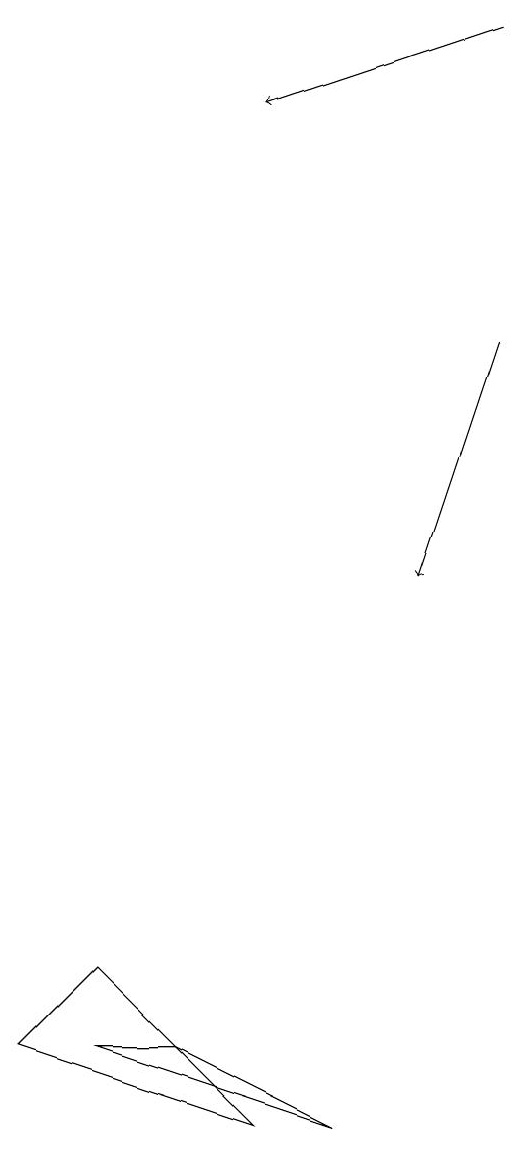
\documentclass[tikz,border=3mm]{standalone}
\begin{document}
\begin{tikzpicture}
\draw (4,4) -- (6,3) -- (3,4) -- cycle;
\draw[->] (8,13) -- (7,10);
\draw[->] (8,17) -- (5,16);
\draw (2,4) -- (5,3) -- (3,5) -- cycle;
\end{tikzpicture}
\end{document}